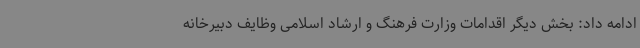
ادامه داد: بخش دیگر اقدامات وزارت فرهنگ و ارشاد اسلامی وظایف دبیرخانه